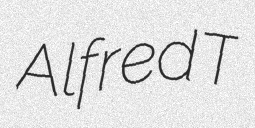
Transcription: Alfred T